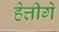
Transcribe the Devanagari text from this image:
हेत्तीगे